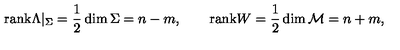
\mathrm { r a n k } \Lambda | _ { \Sigma } = \frac 1 2 \dim \Sigma = n - m , \qquad \mathrm { r a n k } W = \frac 1 2 \dim { \cal M } = n + m ,